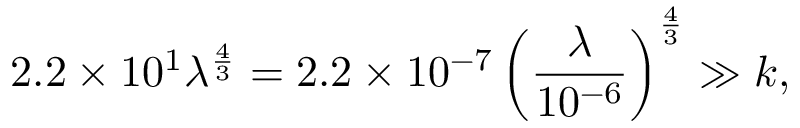
2 . 2 \times 1 0 ^ { 1 } \lambda ^ { \frac { 4 } { 3 } } = 2 . 2 \times 1 0 ^ { - 7 } \left( \frac { \lambda } { 1 0 ^ { - 6 } } \right) ^ { \frac { 4 } { 3 } } \gg k ,